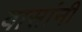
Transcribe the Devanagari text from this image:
बासांनी